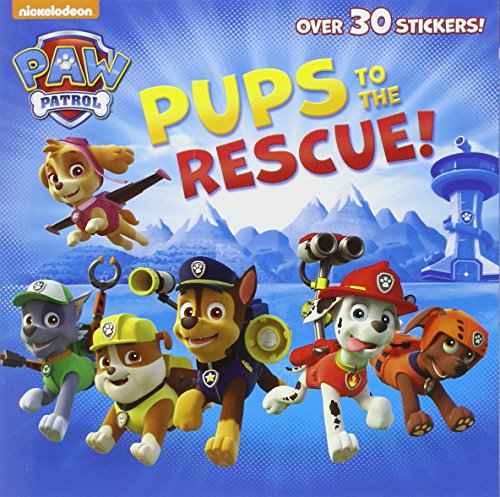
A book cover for Pups to the Rescue! (Paw Patrol) (Pictureback(R)); Random House; Children's Books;